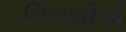
નિભાવીએ